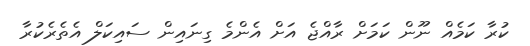
ކުރާ ކަމެއް ނޫން ކަމަށް ރާއްޖެ އަށް އެންމެ ގިނައިން ސައިކަލް އެތެރެކުރާ